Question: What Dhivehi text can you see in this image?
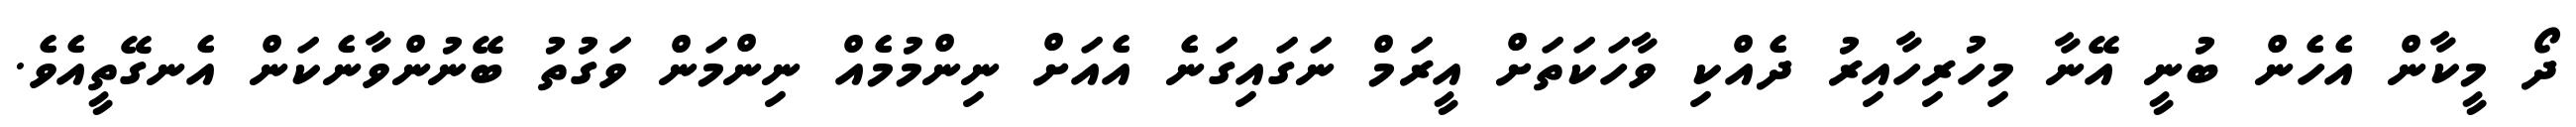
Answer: ދޯ މީކާން އެހެން ބުނީ އޭނާ މިހުރިހާއިރު ދެއްކި ވާހަކަތަށް އީރަމް ނަގައިގަނެ އެއަށް ނިންމުމެއް ނިންމަން ވަގުތު ބޭނުންވާނެކަން އެނގޭތީއެވެ.